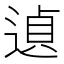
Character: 遉